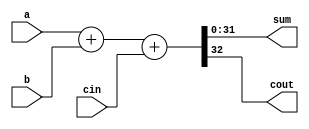
// adder 32 bits beh y combinacional
module adder_32(a, b, cin, sum, cout);
  input [31:0] a;
  input [31:0] b;
  input cin; // carry in
  output [31:0] sum;
  output cout; // carry out

  assign {cout,sum} = a + b + cin;

endmodule